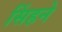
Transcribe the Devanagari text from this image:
सिंहने